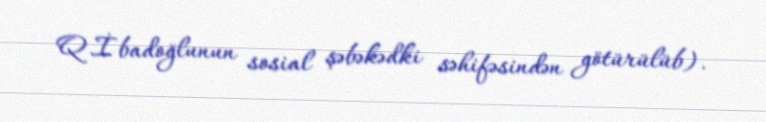
Q.İbadoğlunun sosial şəbəkədki səhifəsindən götürülüb).